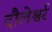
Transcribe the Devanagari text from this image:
दौलेश्वर्र